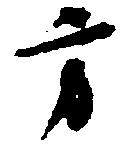
方